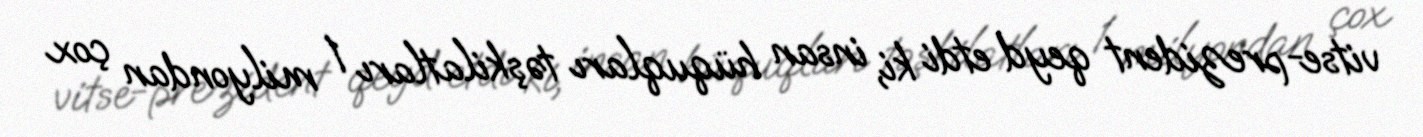
vitse-prezident qeyd etdi ki, insan hüquqları təşkilatları 1 milyondan çox